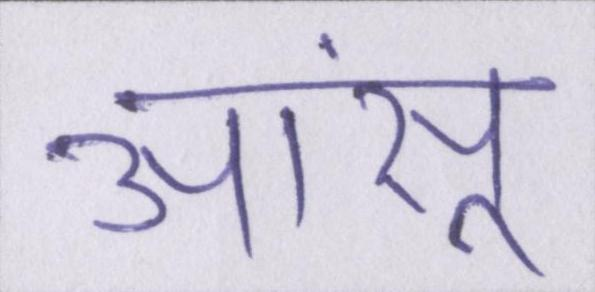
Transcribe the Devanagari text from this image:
आंसू